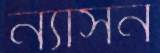
ন্যাসন